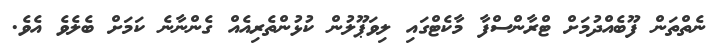
ނެތްތަން ފޫބެއްދުމަށް ޓްރާންސްފާ މާކެޓްގައި ލިވަޕޫލުން ކުޅުންތެރިއެއް ގެންނާނެ ކަމަށް ބެލެވެ އެވެ.